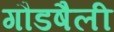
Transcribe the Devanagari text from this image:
गौडषैली